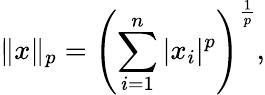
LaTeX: \| x\| _{p}=\left(\sum_{i=1}^{n}|x_{i}|^{p}\right)^{\frac{1}{p}},